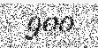
900